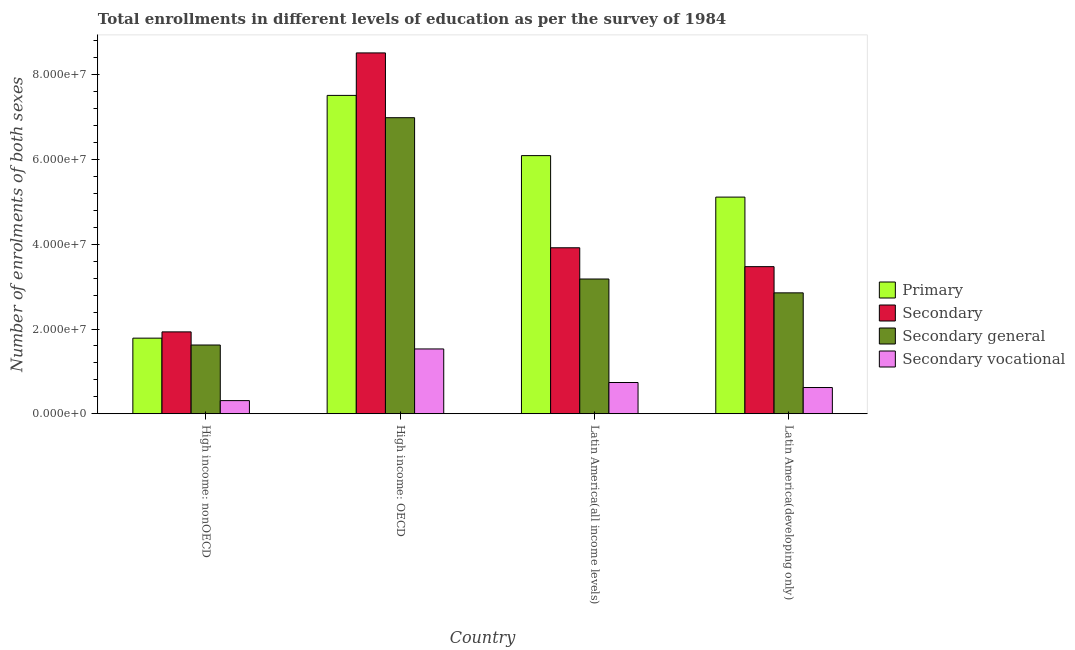
| Country | Primary | Secondary | Secondary general | Secondary vocational |
 | --- | --- | --- | --- | --- |
 | High income: nonOECD | 1.78e+07 | 1.93e+07 | 1.62e+07 | 3.1e+06 |
 | High income: OECD | 7.52e+07 | 8.52e+07 | 6.99e+07 | 1.53e+07 |
 | Latin America(all income levels) | 6.09e+07 | 3.92e+07 | 3.18e+07 | 7.37e+06 |
 | Latin America(developing only) | 5.11e+07 | 3.47e+07 | 2.85e+07 | 6.19e+06 |